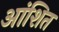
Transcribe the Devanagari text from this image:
आंशित